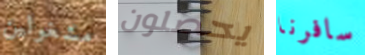
مشغولين يحصلون سافرنا